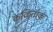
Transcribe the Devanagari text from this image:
कळिताक